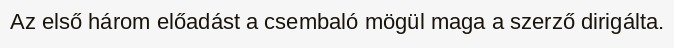
Az első három előadást a csembaló mögül maga a szerző dirigálta.